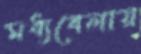
মধ্যবেলায়